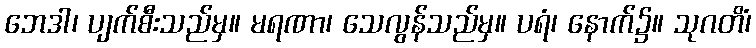
ဘေဒါ၊ ပျက်စီးသည်မှ။ မရဏာ၊ သေလွန်သည်မှ။ ပရံ၊ နောက်၌။ သုဂတိံ၊